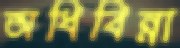
অধিবিন্না